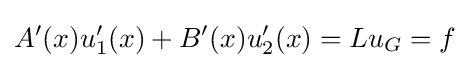
A'(x)u_{1}'(x)+B'(x)u_{2}'(x)=Lu_{G}=f